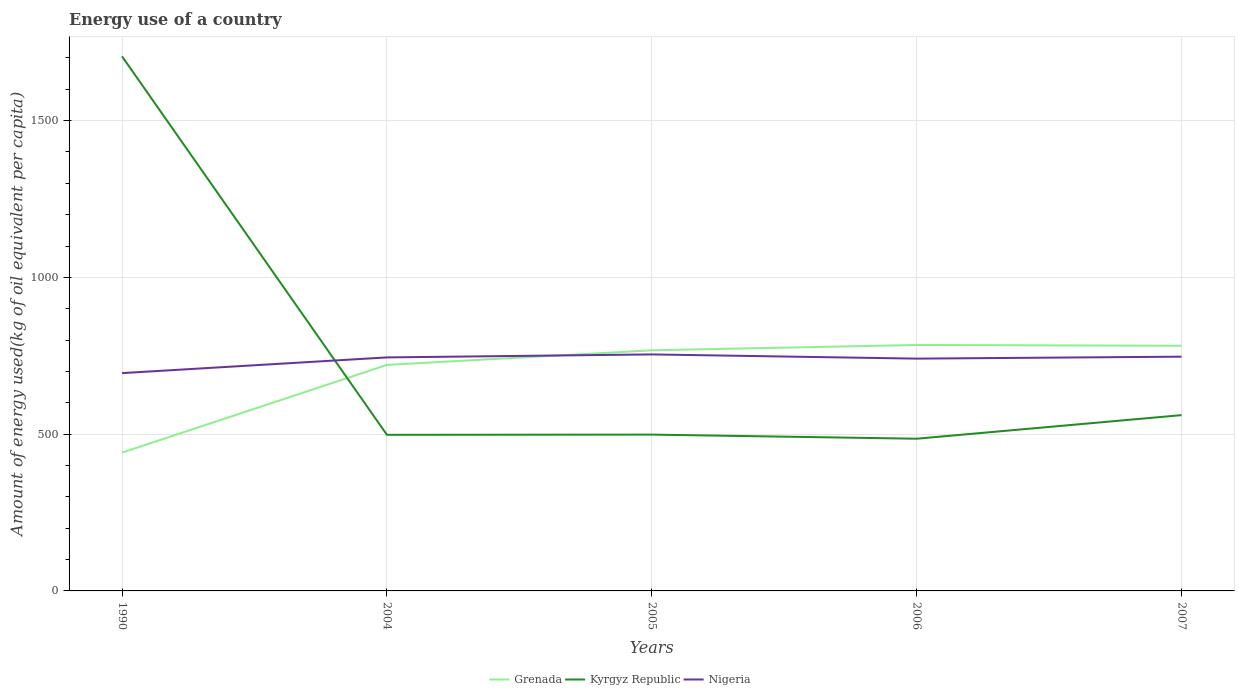
| Years | Grenada | Kyrgyz Republic | Nigeria |
 | --- | --- | --- | --- |
 | 1990 | 441 | 1.7e+03 | 695 |
 | 2004 | 721 | 498 | 745 |
 | 2005 | 767 | 499 | 754 |
 | 2006 | 784 | 485 | 741 |
 | 2007 | 782 | 561 | 747 |